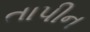
તાપીન